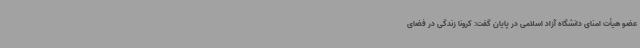
عضو هیأت امنای دانشگاه آزاد اسلامی در پایان گفت: کرونا زندگی در فضای